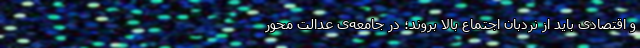
و اقتصادی باید از نردبان اجتماع بالا بروند؛ در جامعه‌ی عدالت محور